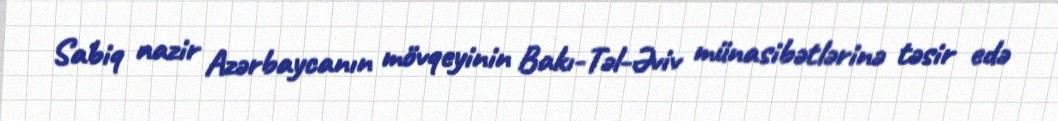
Sabiq nazir Azərbaycanın mövqeyinin Bakı-Təl-Əviv münasibətlərinə təsir edə